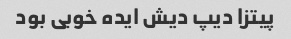
پیتزا دیپ دیش ایده خوبی بود